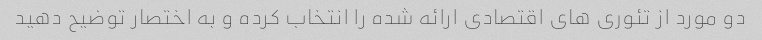
دو مورد از تئوری های اقتصادی ارائه شده را انتخاب کرده و به اختصار توضیح دهید